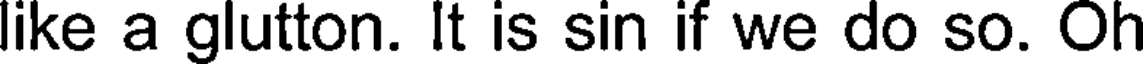
like a glutton. It is sin if we do so. Oh